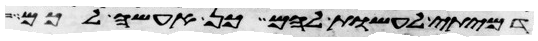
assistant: דמיתי לעשות להם כן אעשה לכם